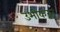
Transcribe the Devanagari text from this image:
उभीकरून